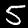
Digit: 5